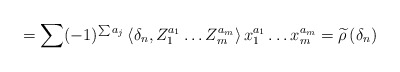
\begin{align*}= \sum (-1)^{\sum a_j} \, \langle \delta_n , Z_1^{a_1} \ldots Z_m^{a_m} \rangle \, x_1^{a_1} \ldots x_m^{a_m} = \widetilde{\rho} \, (\delta_n)\end{align*}